Tezpur Lunatic Asylum reports 1895-1904 - 1895-1904
Year: 1895
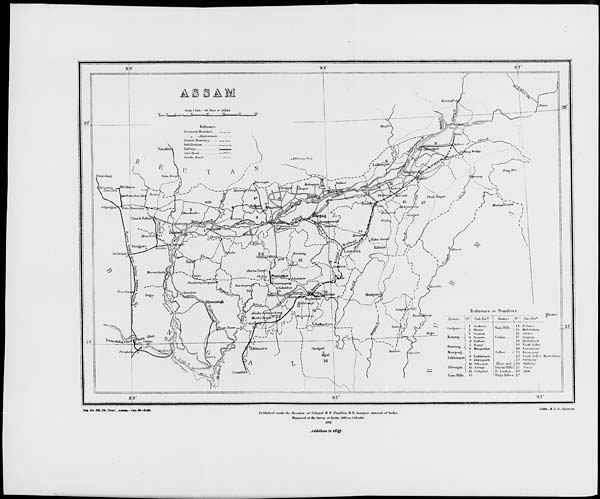
z
is?*/?
Bhnm (1
it Lakhirnpur
!> Diforugarh
10 Sibtatfar
12 Galaghat
13
^ la mohnh-hnnti
Hi .S-iTcAm-
CncUar. . j 17 Guttjan'i
lit Haitokandi
[ lit HbnA Syttw
I 20 Siiti'tim/nitf
i -i i<„, „,.;,,„,,
22 s.mtli SiU<--i 'MaidnBaxo
i •-•:l Habigcuy
Kliusi will f 3-1 SlUllana
.Inilitm Hills \ li". .Kiwil!
N. Lutfchai
un J/wi
NagnTiibea 27
B;9°
93"
9 7'
Reg. Mo. 030, Cb. Comr.. Ama.-Jan. 09.—9,000-
I'uhlimh* 1 *! uiulritiw (h'wtiim of Colonel HR- I'lmillivi', K.E.,.SWi'#*vi»i' Urttertil of huhn
EnifttnvJ at the Sm-vry o/'hulin Ot'tltvn, Cithittta ■
mm.
litbo., 8. X. O, C*IPU;U
Addition* to tS'yj.
\
.